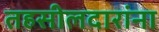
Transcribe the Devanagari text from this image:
तहसीलदारांना